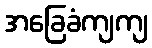
အခြေခံကျကျ